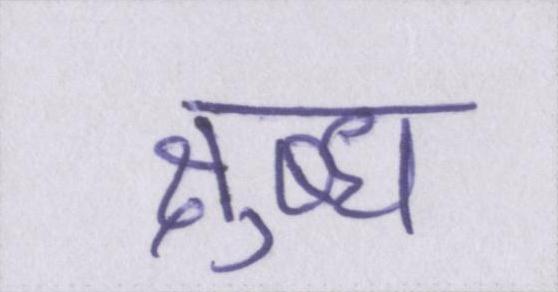
क्षुब्ध